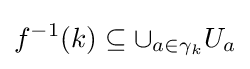
f^{-1}(k)\subseteq \cup _{a\in \gamma _{k}}U_{a}